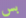
بس